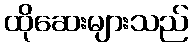
ထိုဆေးများသည်